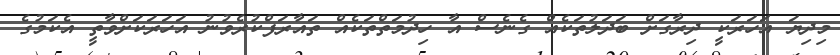
މިދިޔަ އަހަރަކީ ދިރާގަށް ބަދަލުތަކެއް ގެނެސް އާ ހިދުމަތްތަކެއް ތައާރަފްކުރެވުނު އަހަރަކަށްވާތީ އެކަމުގެ